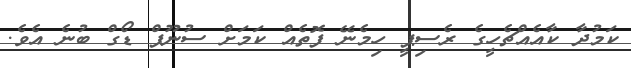
ކަމުދާ ކާއެއްޗެހީގެ ރެސިޕީ ހިމެނޭ ފޮތެއް ކަމަށް ސުނޫޕް ޑޯގް ބުނެ އެވެ.